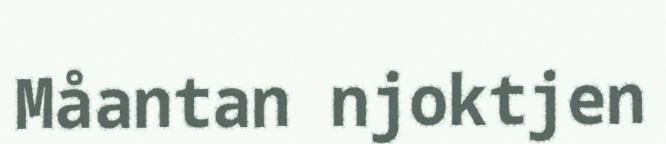
Måantan njoktjen